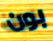
بون